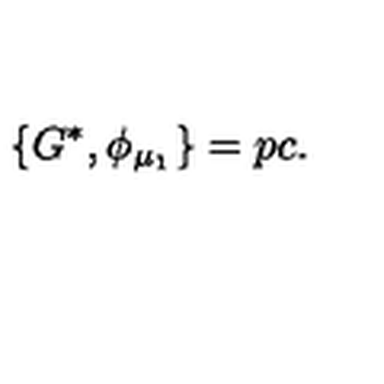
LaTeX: \{ G ^ { * } , \phi _ { \mu _ { 1 } } \} = p c .